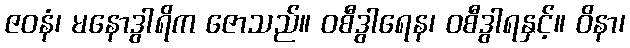
ဇဝနံ၊ မနောဒွါရိက ဇောသည်။ ဝစီဒွါရေန၊ ဝစီဒွါရနှင့်။ ဝိနာ၊